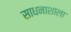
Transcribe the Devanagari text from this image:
साधनाशाला